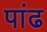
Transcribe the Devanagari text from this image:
पांढ